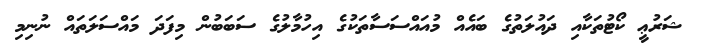
ޝަރުޢީ ކޯޓުތަކާއި ދައުލަތުގެ ބައެއް މުއައްސަސާތަކުގެ އިހުމާލުގެ ސަބަބުން މިފަދަ މައްސަލަތައް ނުނިމި